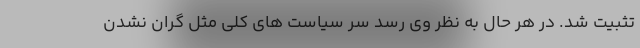
تثبیت شد. در هر حال به نظر وی رسد سر سیاست های کلی مثل گران نشدن